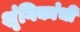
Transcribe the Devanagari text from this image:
शृंगिकांची